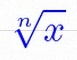
\sqrt[n]{x}